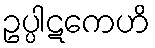
ဥပ္ပါဋကေဟိ